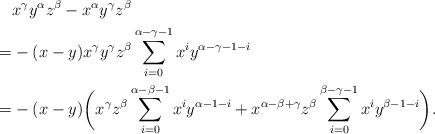
LaTeX: \begin{align*} &x^{\gamma}y^{\alpha}z^{\beta}-x^{\alpha}y^{\gamma}z^{\beta}\\=&-(x-y)x^{\gamma}y^{\gamma}z^{\beta}\sum_{i=0}^{\alpha-\gamma-1}x^i y^{\alpha-\gamma-1-i}\\=&-(x-y)\bigg( x^{\gamma}z^{\beta}\sum_{i=0}^{\alpha-\beta-1}x^i y^{\alpha-1-i}+x^{\alpha-\beta+\gamma}z^{\beta}\sum_{i=0}^{\beta-\gamma-1}x^i y^{\beta-1-i} \bigg).\end{align*}